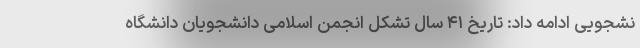
نشجویی ادامه داد: تاریخ ۴۱ سال تشکل انجمن اسلامی دانشجویان دانشگاه